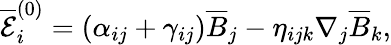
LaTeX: \overline{{\mathcal{E}}}_{i}^{(0)}=\left(\alpha_{ij}+\gamma_{ij}\right)\overline{{B}}_{j}-\eta_{ijk}\nabla_{j}\overline{{B}}_{k},